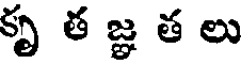
కృ త జ్ఞ త లు